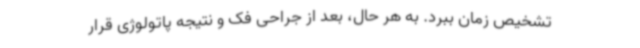
تشخیص زمان ببرد. به هر حال، بعد از جراحی فک و نتیجه پاتولوژی قرار